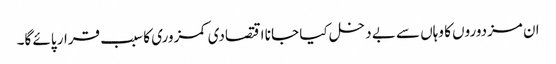
ان مزدوروں کا وہاں سے بے دخل کیا جا نا اقتصادی کمزوری کا سبب قرار پائے گا۔